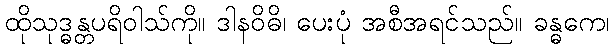
ထိုသုဒ္ဓန္တပရိဝါသ်ကို။ ဒါနဝိဓိ၊ ပေးပုံ အစီအရင်သည်။ ခန္ဓကေ၊